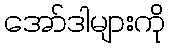
အော်ဒါများကို